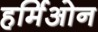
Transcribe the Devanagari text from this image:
हर्मिओन